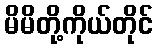
မိမိတို့ကိုယ်တိုင်